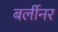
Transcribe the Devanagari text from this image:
बर्लीनर